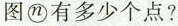
图ⓝ有多少个点？